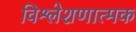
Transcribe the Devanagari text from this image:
विश्लेशणात्मक